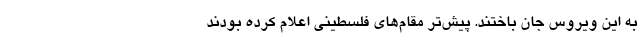
به این ویروس جان باختند. پیش‌تر مقام‌های فلسطینی اعلام کرده بودند